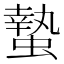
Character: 蟄